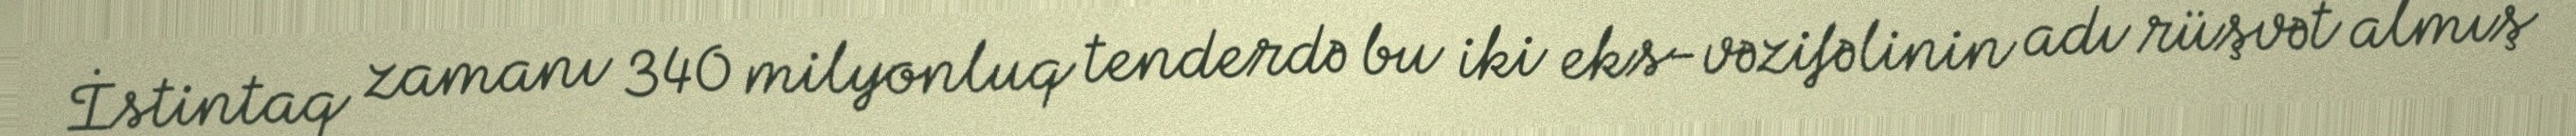
İstintaq zamanı 340 milyonluq tenderdə bu iki eks-vəzifəlinin adı rüşvət almış